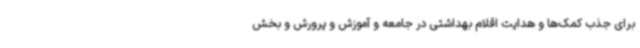
برای جذب کمک‌ها و هدایت اقلام بهداشتی در جامعه و آموزش و پرورش و بخش